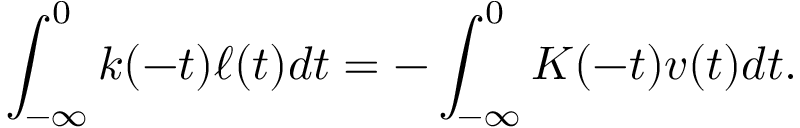
\int _ { - \infty } ^ { 0 } k ( - t ) \ell ( t ) d t = - \int _ { - \infty } ^ { 0 } K ( - t ) v ( t ) d t .